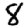
Digit: 8